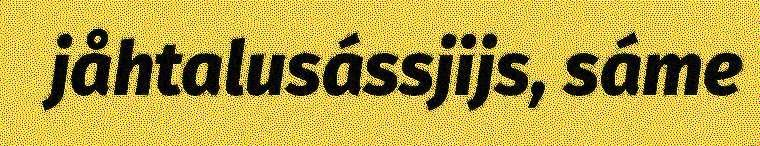
jåhtalusássjijs, sáme